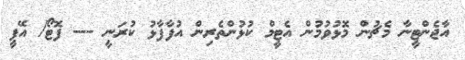
އާޖެންޓީނާ މެޗުން މޮޅުވުމުން އެޓީމް ކުޅުންތެރިން އުފާފާޅު ކުރަނީ --- ފޮޓޯ/ އޭޕީ